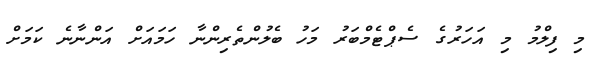
މި ފިލްމު މި އަހަރުގެ ސެޕްޓެމްބަރު މަހު ބެލުންތެރިންނާ ހަމައަށް އަންނާނެ ކަމަށް